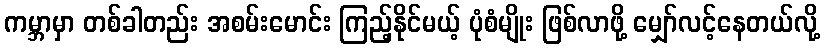
ကမ္ဘာမှာ တစ်ခါတည်း အစမ်းမောင်း ကြည့်နိုင်မယ့် ပုံစံမျိုး ဖြစ်လာဖို့ မျှော်လင့်နေတယ်လို့